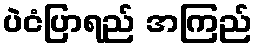
ပဲငံပြာရည် အကြည်